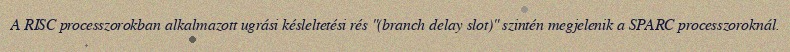
A RISC processzorokban alkalmazott ugrási késleltetési rés "(branch delay slot)" szintén megjelenik a SPARC processzoroknál.